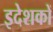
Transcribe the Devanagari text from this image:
इदेशकों